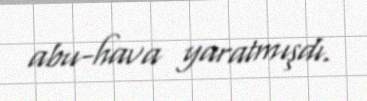
abu-hava yaratmışdı.